Vaccination in Bombay 1889-1901 - 1889-1901
Year: 1889
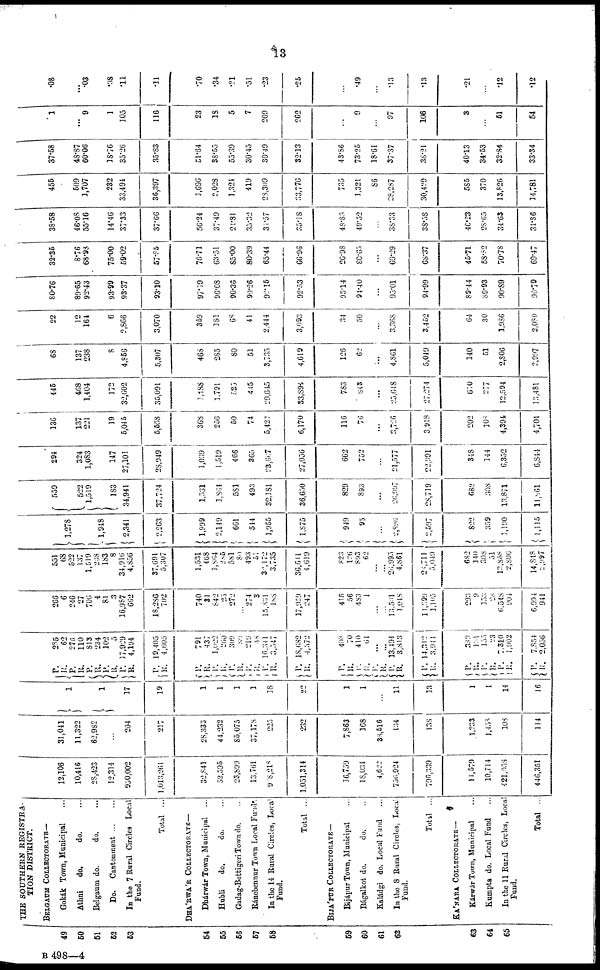
13
49
50
51
52
53
54
55
56
57
58
59
60
61
62
63
64
65
THE SOUTHERN REGISTRA-
TION DISTRICT.
BELGAUM COLLECTORATE—
Gokák Town, Municipal ...
Athni
do.
do. ...
Belgaum do.
do. ...
Do.
Cantonment... ...
In the 7 Rural Circles Local
Fund.
Total ...
DHÁBWÁR COLLECTORATE—
Dhárwár Town, Municipal ...
Hubli
do.
do.
Gadag-Bettigeri Town do. ...
Ránebennur Town Local Fund.
In the 14 Rural Circles, Loca1
Fund.
Total ...
BIJÁPUR COLLECTORATE—
Bijápur Town, Municipal ...
Bágalkot do.
do. ...
Kaládgi do. Local Fund ...
In the 8 Rural Circles, Local
Fund.
Total ...
KÁNARA COLLECTORATE—
Kárwár Town, Municipal ...
Kumpta do. Local Fund ...
In the 11 Rural Circles, Local
Fund.
Total ...
12,106
10,416
28,423
12,314
950,002
1,013,261
32,841
52,595
23,899
13,761
908,218
1,051,314
16,759
18,034
4,622
756,924
796,339
14,679
10,714
421,958
446,351
31,041
11,322
62,982
...
204
217
28,333
44,232
85,075
37,178
225
232
7,863
168
38,516
134
138
1,233
1,458
108
114
1
1
17
19
1
1
1
1
18
22
1
1
...
11
13
1
1
14
16
P.
R.
P.
R. P.
R.
P.
R.
P.
R.
P.
R.
285
62
276
110
813
234
102
5
17,929
4,194
19,405
4,605
P.
R.
P.
R.
P.
R.
P.
R.
P.
R.
P.
R.
791
437
1,022
260
309
80
219
48
16,341
3,547
18,682
4,372
P.
R.
P.
R.
P.
R.
P.
R.
P.
R.
408
70
410
61
...
...
13,494
3,813
14,312
3,944
P.
R.
P.
R.
P.
R.
P.
R.
389
131
155
23
7,310
1,902
7,854
2,056
266
6
246
27
706
4
81
3
16,987
662
18,286
702
740
31
842
25
272
...
274
3
15,831
188
17,959
247
415
56
483
1
...
...
13,501
1,048
14,399
1,105
293
9
153
28
6,548
904
6,994
941
551
68
522
137
1,619
238
183
8
34,916
4,856
37,691
5,307
1,531
468
1,864
285
581
80
493
51
32, 172
3,735
36,611
4,619
823
126
893
62
...
...
26,995
4,861
28,711
5,049
682
140
308
51
12,858
2,806
14,848
2,997
1,278
1,948
2,341
2,263
1,999
2,149
661
544
1,955
1,875
949
95
...
2,896
2,597
822
359
1,190
1,115
559
522
1,519
183
34,941
37,724
1,531
1,864
581
493
32,181
36,650
829
893
...
26,997
28,719
682
308
13,871
14,861
294
324
1,083
147
27,101
28,949
1,039
1,519
466
365
23,667
27,056
662
752
...
21,577
22,991
348
144
6,352
6,844
136
137
221
19
5,045
5,558
368
256
50
74
5,422
6,170
116
76
...
3,726
3,918
202
108
4,394
4,704
446
468
1,404
172
32,602
35,091
1,188
1,791
525
445
29,645
33,894
783
843
...
25,648
27,274
610
277
12,594
13,481
68
137
238
8
4,856
5,307
468
285
80
51
3,735
4,619
126
62
...
4,861
5,049
140
51
2,806
2,997
22
12
164
6
2,866
3,070
359
181
68
41
2,444
3,093
34
50
...
3,368
3,452
64
30
1,986
2,080
80.76
89.65
92.43
93.99
93.37
93.10
97.19
96.08
90.36
90.26
92.15
92.53
95.14
94.40
...
95.01
94.99
89.44
89.93
90.89
90.79
32.35
8.76
68.98
75.00
59.02
57.85
76.71
63.51
85.00
80.39
65.44
66.96
26.98
80.65
...
69.29
68.37
45.71
58.82
70.78
69.47
38.58
46.08
55.16
14.46
37.33
37.66
56.24
37.49
21.81
35.32
34.57
35.18
48.83
49.52
...
38.33
38.58
46.23
28.65
34.63
34.86
455
509
1,707
232
33,494
36,397
1,696
2,028
1,324
419
28,309
33,776
735
1,321
86
28,287
30,429
585
370
13,826
14,781
37.58
48.87
60.06
18.76
35.26
35.83
51.64
38.55
55.39
30.45
30.49
32.13
43.86
73.25
18.61
37.37
38.21
40.13
34.53
32.84
33.34
1
...
9
1
105
116
23
18
5
7
209
262
...
9
...
97
106
3
...
51
54
.08
...
.03
.08
.11
.11
.70
.34
.21
.51
.23
.25
...
.49
...
.13
.13
.21
...
.12
.12
B 498—4